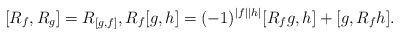
\begin{align*}[R_f,R_g]=R_{[g,f]},R_f [g,h] = (-1)^{|f||h|}[R_f g,h]+[g,R_f h].\end{align*}